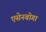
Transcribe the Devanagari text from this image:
एसेनबोगा